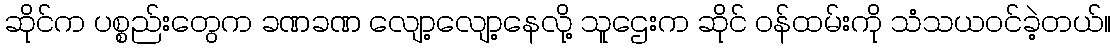
ဆိုင်က ပစ္စည်းတွေက ခဏခဏ လျော့လျော့နေလို့ သူဌေးက ဆိုင် ဝန်ထမ်းကို သံသယဝင်ခဲ့တယ်။